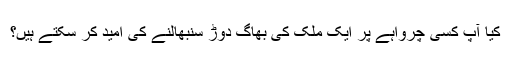
کیا آپ کسی چرواہے پر ایک ملک کی بھاگ دوڑ سنبھالنے کی امید کر سکتے ہیں؟